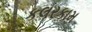
કલરકામ